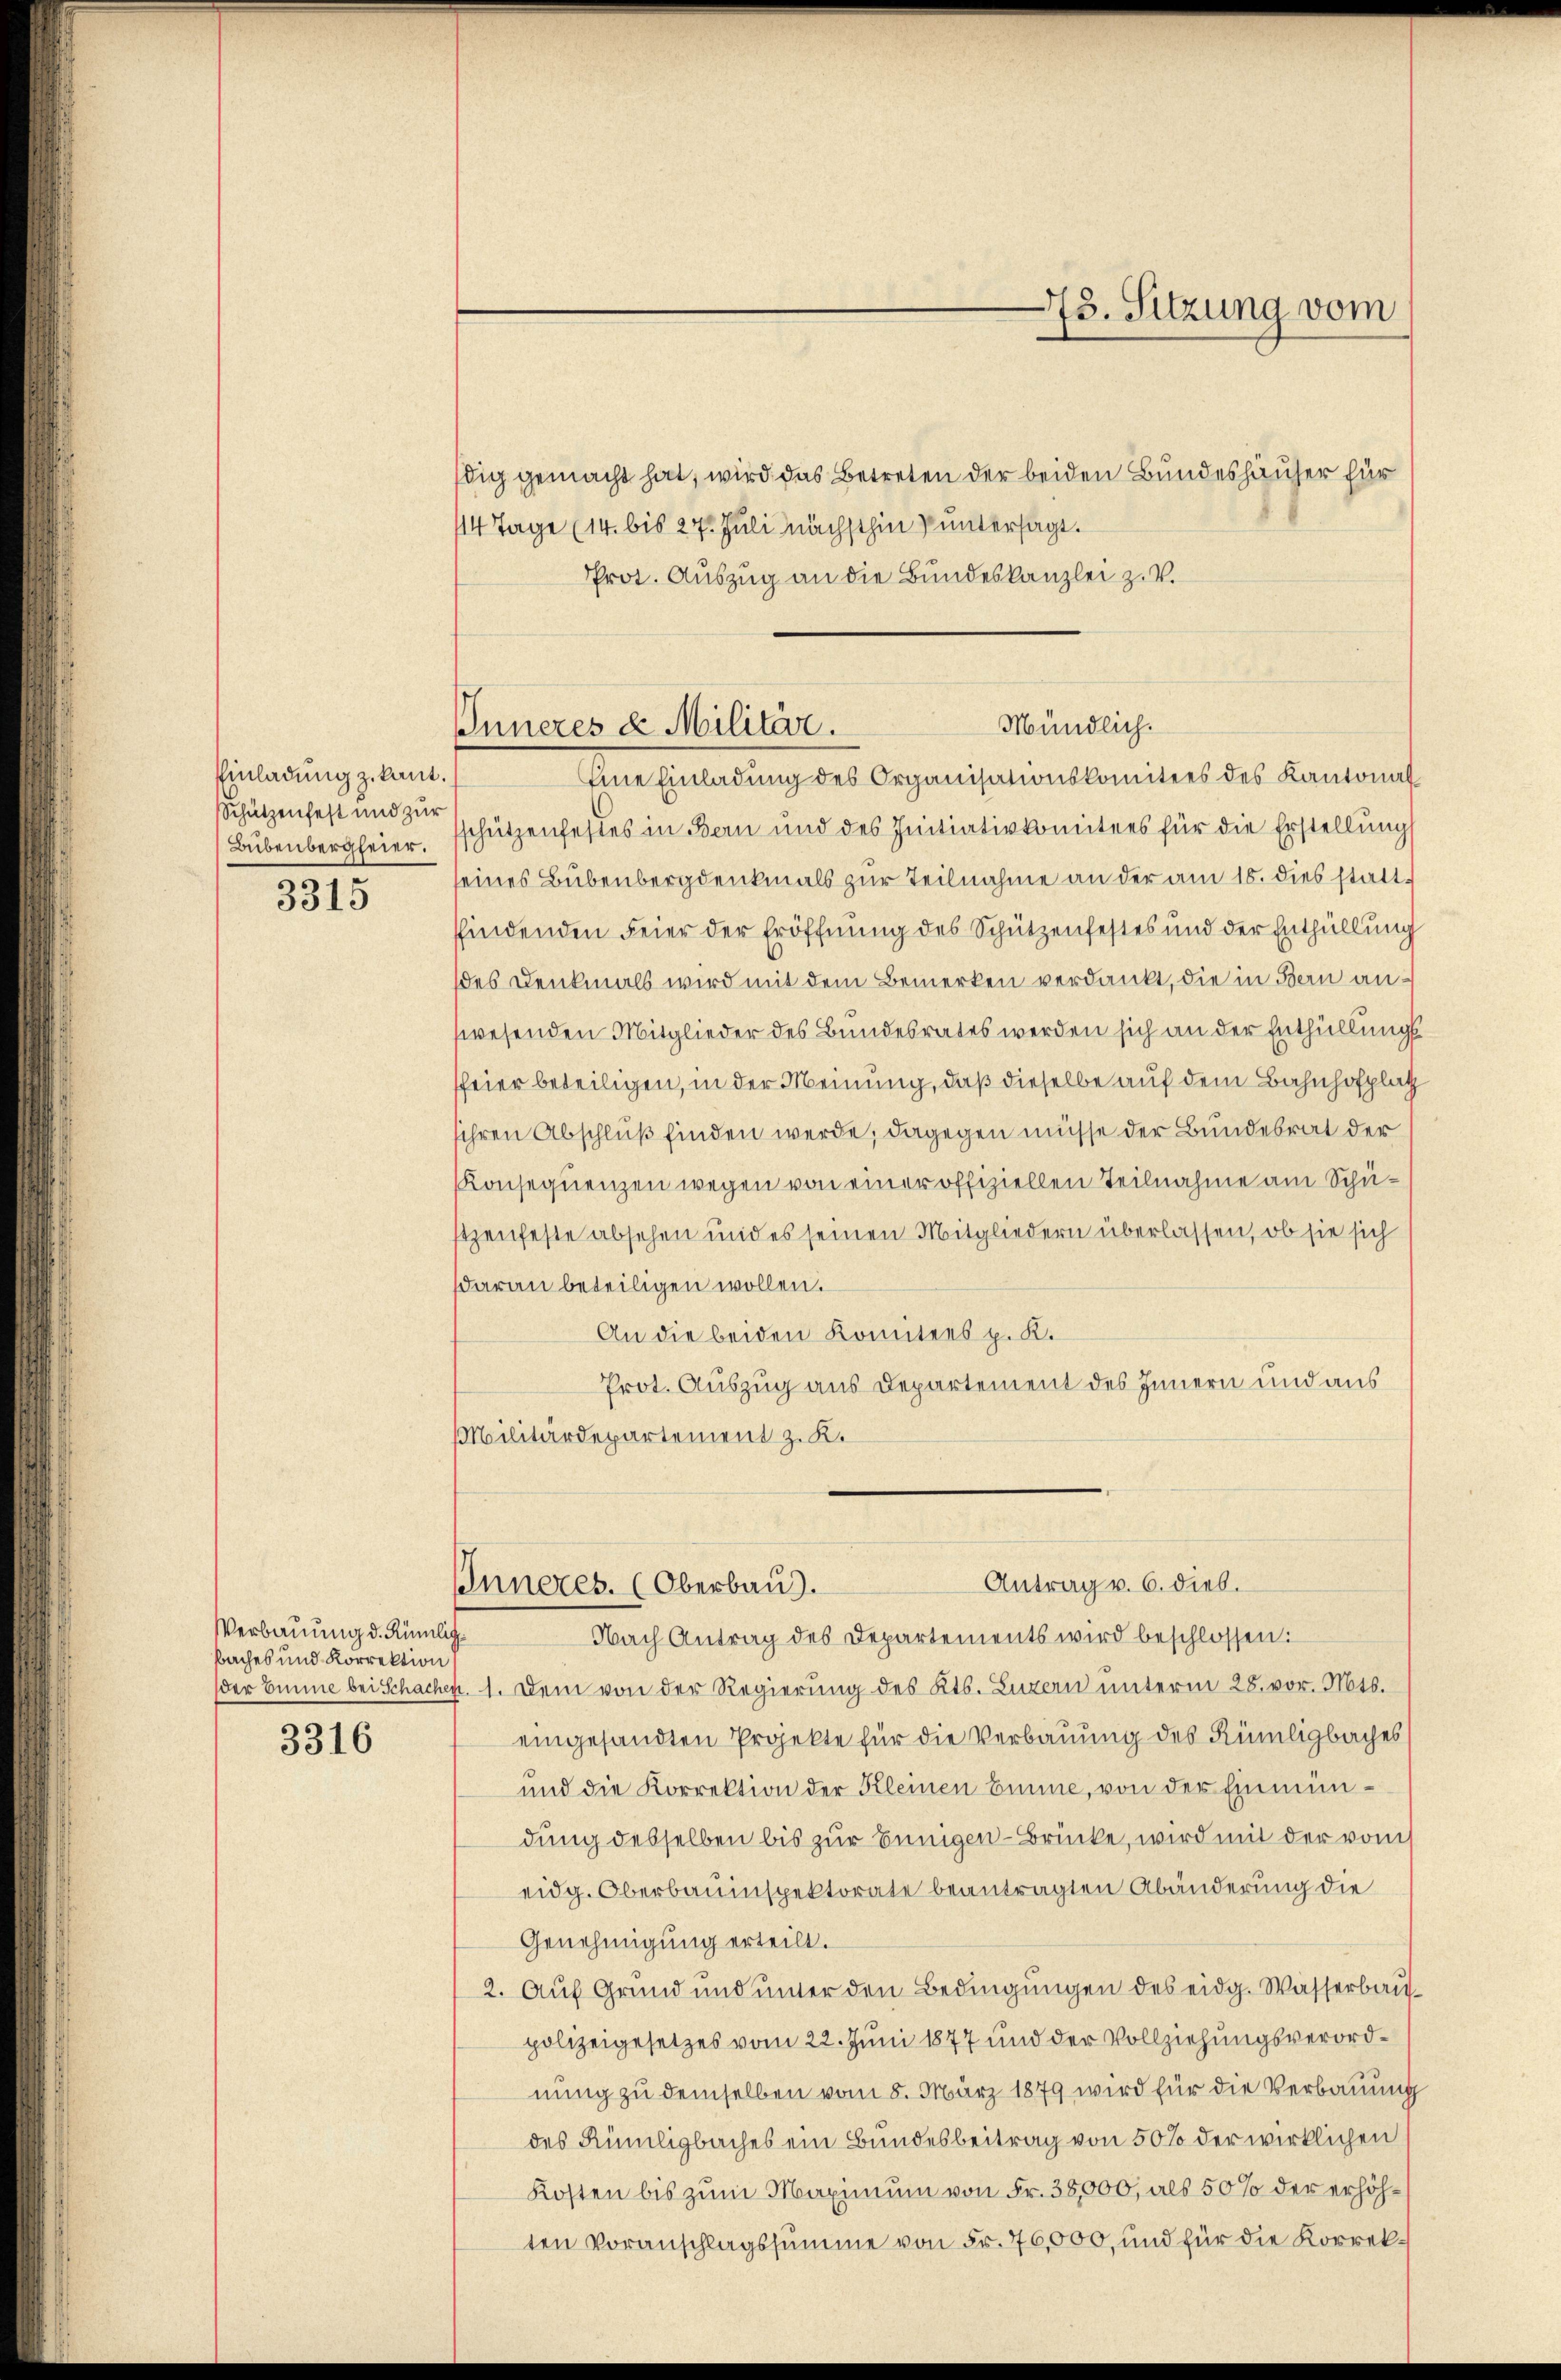
Einladung zu kant.
Bubenbergfeier.

3315

Verbauung d. Rümlich
baches und Korrektion
3316

dig gemacht hat, wird das Betreten der beiden Bundeshäuser für
14 Tage (14. bis 27. Juli nächsthin untersagt.
Prot. Auszug an die Bundeskanzlei z. V.
Eine Einladung des Organisationskomitees des Kantonal
schützenfest und die schützenfestes in Bern und des Initiativkomitees für die Erstellung
eines Bubenbergdenkmals zur Teilnahme an der am 18. dies stattffindenden Feier der Eröffnung des Schützenfestes und der Enthüllung
des Denkmals wird mit dem Bemerken verdankt, die in Bern anwesenden Mitglieder des Bundesrates werden sich an der Enthüllungs
feier beteiligen, in der Meinung, daß dieselbe auf dem Bahnhofplatz
sihren Abschluß finden werde; dagegen müsse der Bundesrat der
Konsequenzen wegen von einer offiziellen Teilnahme am Schüstzenfeste absehen und es seinen Mitgliedern überlassen, ob sie sich
daran beteiligen wollen.
An die beiden Komitees p. K.
Prot. Auszug aus Departement des Innern und aus
Militärdepartement z. K.

Mündlich.
Inneres u. Militär.

Antrag v. 6. dieb.
Inneres. (Oberbau.

73. Sitzung vom

Nach Antrag des Departements wird beschlossen:
der Eine bei Schachen. 1. Dem von der Regierung des Kts. Luzern unterm 28. vor. Mts.
eingesandten Projekte für die Verbauung des Rümligbaches
und die Korrektion der Kleinen Emme, von der Einmündung desselben bis zur Ennigen-Brücke, wird mit der von s
eidg. Oberbauinspektorate beantragten Abänderung die
Genehmigŭng erteilt.
2. Auf Grund und unter den Bedingungen des eidg. Wasserbaupolizeigesetzes vom 22. Juni 1877 und der Vollziehungsverordnung zu demselben vom 8. März 1879 wird für die Verbauung
des Rümligbaches ein Bundesbeitrag von 50% der wirklichen
Kosten bis zum Maximum von Fr. 35,000, als 50% der erhöhten Voranschlagssumme von Fr. 76,000, und für die Korrek¬